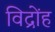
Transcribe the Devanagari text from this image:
विद्रोंह